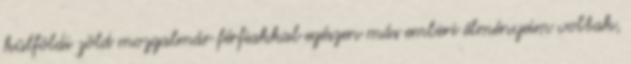
külföldi zöld mozgalmár férfiakkal egészen más emberi élményeim voltak,